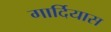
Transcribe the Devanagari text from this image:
गार्दियास